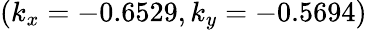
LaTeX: (k_{x}=-0.6529,k_{y}=-0.5694)